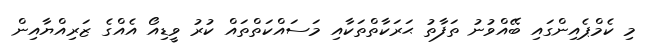
މި ކެމްޕެއިންގައި ބޭއްވުނު ތަފާތު ޙަރަކާތްތަކާއި މަސައްކަތްތައް ކުރު ވީޑިއޯ އެއްގެ ޒަރިއްޔާއިން